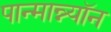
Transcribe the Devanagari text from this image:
पान्मान्न्यॉन